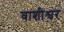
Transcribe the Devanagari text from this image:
वाशीश्वर